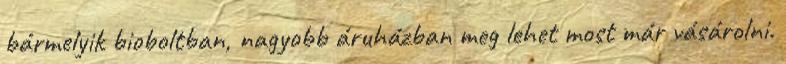
bármelyik bioboltban, nagyobb áruházban meg lehet most már vásárolni.